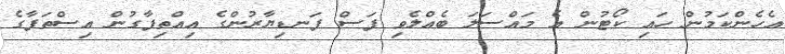
އެހެންކަމުން ހައި ކޯޓުން އެ މައްސަލަ ބެއްލެވި ފަސް ފަނޑިޔާރުންގެ އިއްތިފާގުން އިސްތަފާގެ